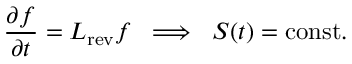
\frac { \partial f } { \partial t } = \boldsymbol { L } _ { \mathrm { r e v } } f \; \; \Longrightarrow \; \; S ( t ) = \mathrm { c o n s t . }